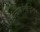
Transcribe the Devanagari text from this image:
हीमोकॉन्सन्ट्रेशन